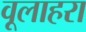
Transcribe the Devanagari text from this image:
वूलाहरा